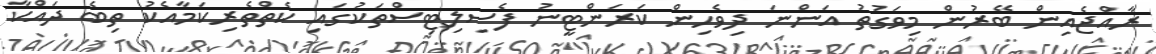
ރާއްޖެއިން ބޭރުން މިވަގުތު އަންނަ ދިވެހިން ކަރަންޓީނު ފެސިލިޓިސްތަކުގައި ކެތްތެރިކަމާއެކު ތިބެ ދައްކާ